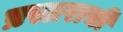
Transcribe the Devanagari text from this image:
प्रस्तराची